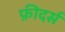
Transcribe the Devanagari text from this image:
फ़ीदर्स